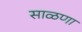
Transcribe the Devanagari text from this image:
साळणा